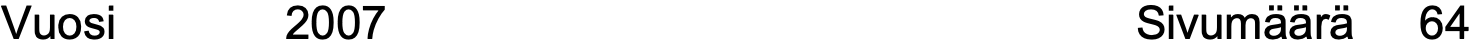
Vuosi    2007                        Sivumäärä 64